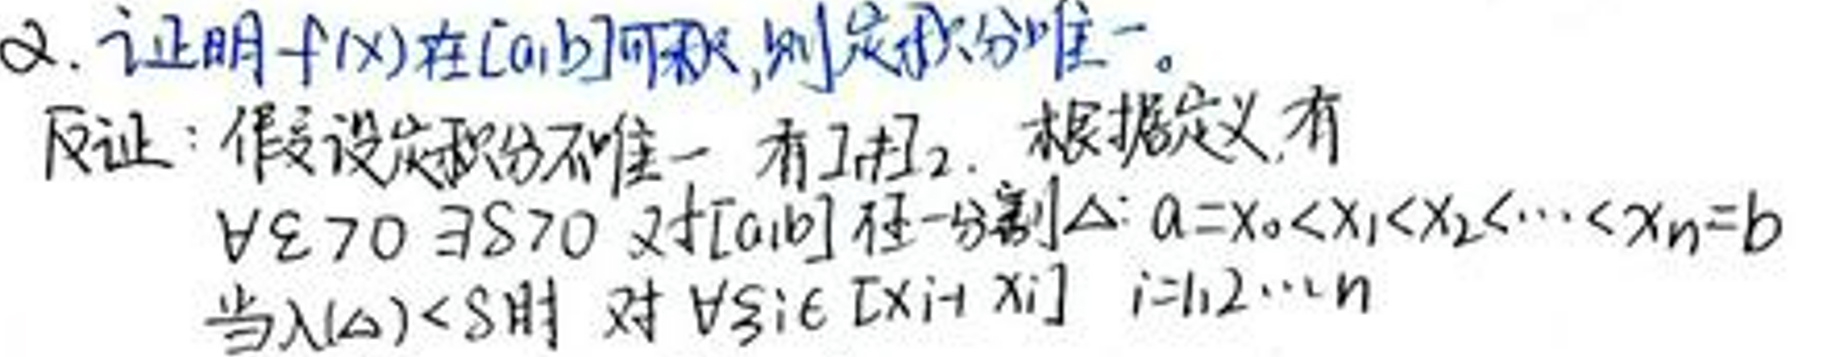
2. 证明 \(f(x)\) 在 \([a,b]\) 可积，则定积分唯一。
反证：假设定积分不唯一，有 \(I_1\neq I_2\)。根据定义，有
\(\forall \varepsilon > 0,\exists \delta > 0\)，对 \([a,b]\) 任一分割 \(\Delta:a = x_0<x_1<x_2<\cdots<x_n = b\)
当 \(\lambda(\Delta)<\delta\) 时，对 \(\forall \xi_i\in[x_{i - 1},x_i],i = 1,2,\cdots,n\)